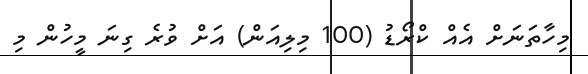
މިހާތަނަށް އެއް ކްރޯޑު (100 މިލިއަން) އަށް ވުރެ ގިނަ މީހުން މި